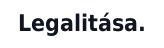
Legalitása.